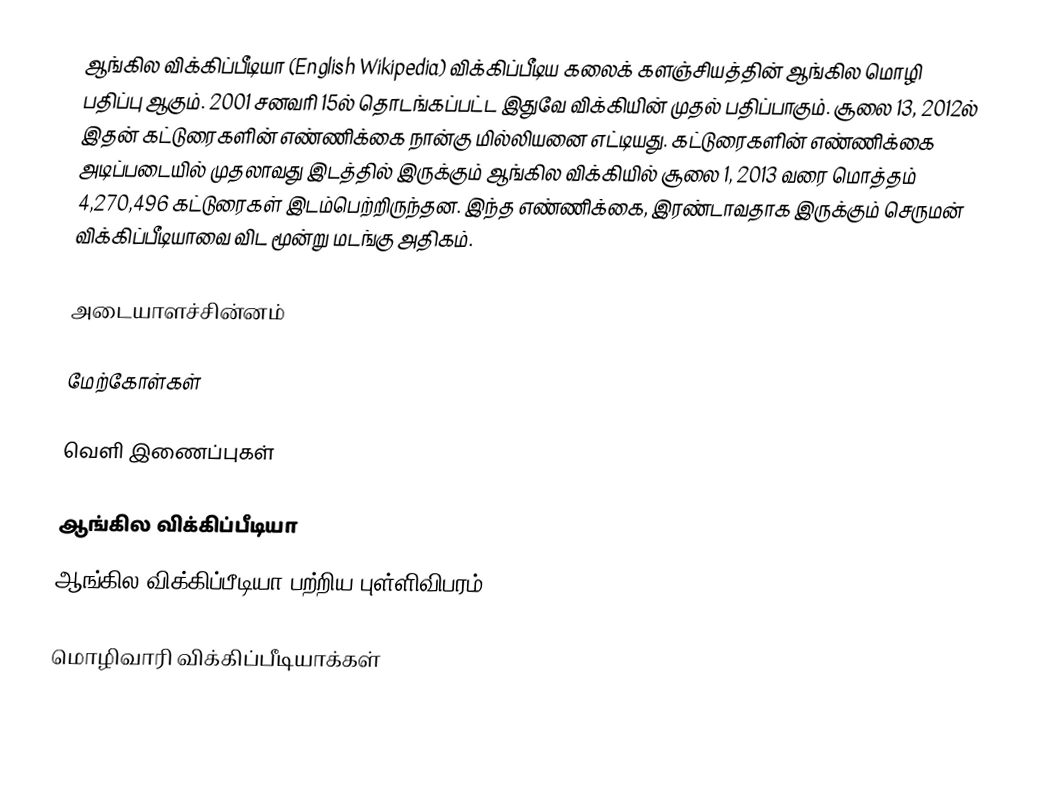
ஆங்கில விக்கிப்பீடியா (English Wikipedia) விக்கிப்பீடிய கலைக் களஞ்சியத்தின் ஆங்கில மொழி பதிப்பு ஆகும். 2001 சனவரி 15ல் தொடங்கப்பட்ட இதுவே விக்கியின் முதல் பதிப்பாகும். சூலை 13, 2012ல் இதன் கட்டுரைகளின் எண்ணிக்கை நான்கு மில்லியனை எட்டியது. கட்டுரைகளின் எண்ணிக்கை அடிப்படையில் முதலாவது  இடத்தில் இருக்கும் ஆங்கில விக்கியில் சூலை 1, 2013 வரை மொத்தம் 4,270,496 கட்டுரைகள் இடம்பெற்றிருந்தன. இந்த எண்ணிக்கை, இரண்டாவதாக இருக்கும் செருமன் விக்கிப்பீடியாவை விட மூன்று மடங்கு அதிகம்.

அடையாளச்சின்னம்

மேற்கோள்கள்

வெளி இணைப்புகள்

 ஆங்கில விக்கிப்பீடியா
 ஆங்கில விக்கிப்பீடியா பற்றிய புள்ளிவிபரம்

மொழிவாரி விக்கிப்பீடியாக்கள்